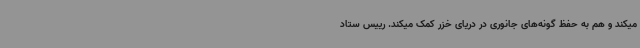
میکند و هم به حفظ گونه‌های جانوری در دریای خزر کمک میکند. رییس ستاد